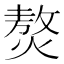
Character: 𤎅